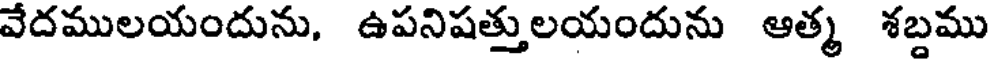
వేదములయందును, ఉపనిషత్తులయందును ఆత్మ శబ్దము